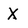
Character: X